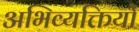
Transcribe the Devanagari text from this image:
अभिव्‍यक्तियों